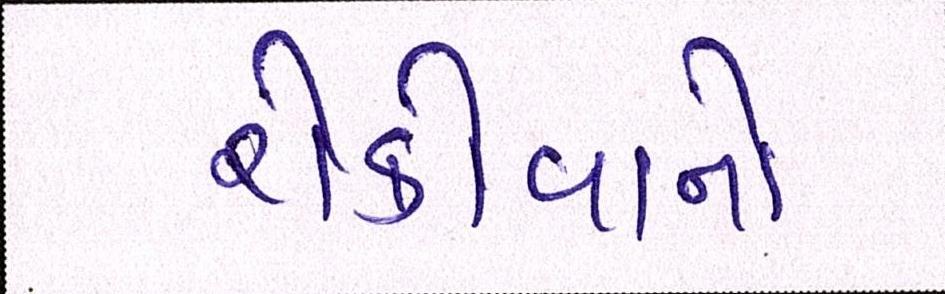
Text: રોકોવાનો